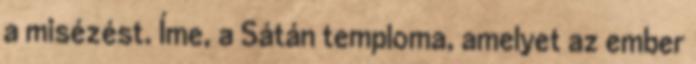
a misézést. Íme, a Sátán temploma, amelyet az ember